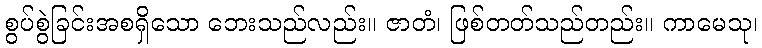
စွပ်စွဲခြင်းအစရှိသော ဘေးသည်လည်း။ ဇာတံ၊ ဖြစ်တတ်သည်တည်း။ ကာမေသု၊